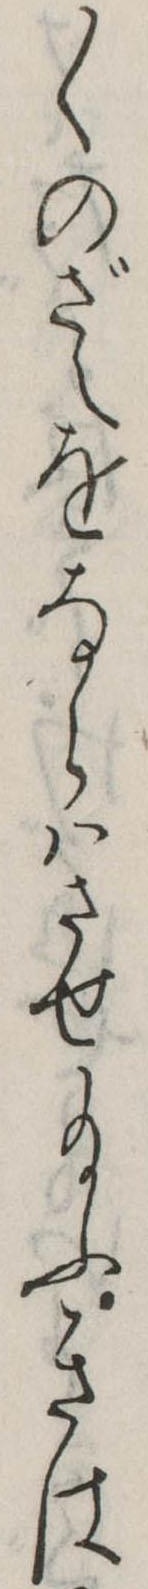
〱のざえをならはさせ給ふきは